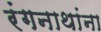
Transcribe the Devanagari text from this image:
रंगनाथांना